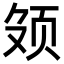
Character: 𬱕